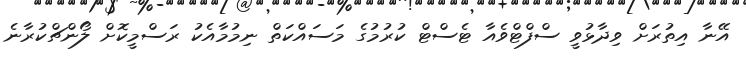
އޭނާ އިތުރަށް ވިދާޅުވީ ސްފްޓްވެއާ ޓެސްޓް ކުރުމުގެ މަސައްކަތް ނިމުމާއެކު ރަސްމީކޮށް ލޯންޗްކުރާނެ